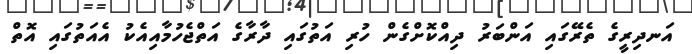
އަނދިރީގެ ތެރޭގައި އަންބަރު ދިއްކޮށްގެން ހުރި އަތުގައި ދާރާގެ އަތްޖެހުމާއިއެކު އެއަތުގައި އޮތް